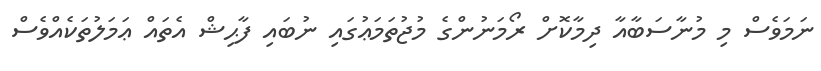
ނަމަވެސް މި މުނާސަބާއާ ދިމާކޮށް ރޯމަނުންގެ މުޖުތަމަޢުގައި ނުބައި ފާޙިޝް އެތައް ޢަމަލުތަކެއްވެސް